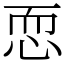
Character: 恧